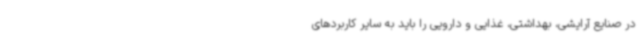
در صنایع آرایشی، بهداشتی، غذایی و دارویی را باید به سایر کاربردهای